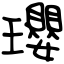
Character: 瓔